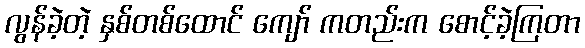
လွန်ခဲ့တဲ့ နှစ်တစ်ထောင် ကျော် ကတည်းက စောင့်ခဲ့ကြတာ